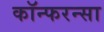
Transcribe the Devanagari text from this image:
कॉन्फरन्सा